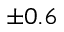
\pm 0 . 6